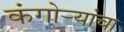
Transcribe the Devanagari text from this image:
कंगोर्‍यांचा